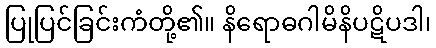
ပြုပြင်ခြင်းကံတို့၏။ နိရောဓဂါမိနိပဋိပဒါ၊